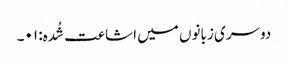
دوسری زبانوں میں اشاعت شُدہ: ۰۱۔